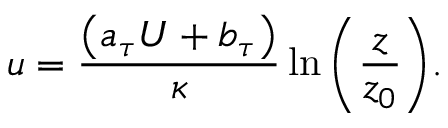
u = \frac { \left( a _ { \tau } U + b _ { \tau } \right) } { \kappa } \ln { \left( \frac { z } { z _ { 0 } } \right) } .